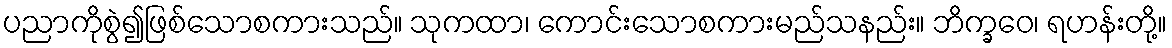
ပညာကိုစွဲ၍ဖြစ်သောစကားသည်။ သုကထာ၊ ကောင်းသောစကားမည်သနည်း။ ဘိက္ခဝေ၊ ရဟန်းတို့။